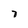
Character: 7